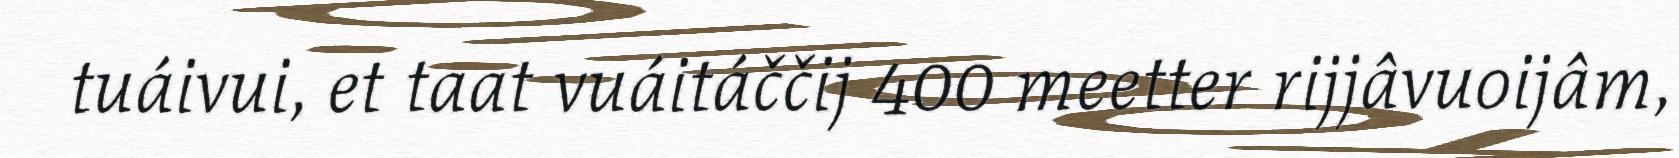
tuáivui, et taat vuáitáččij 400 meetter rijjâvuoijâm,